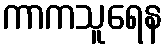
ကာကသူရေန